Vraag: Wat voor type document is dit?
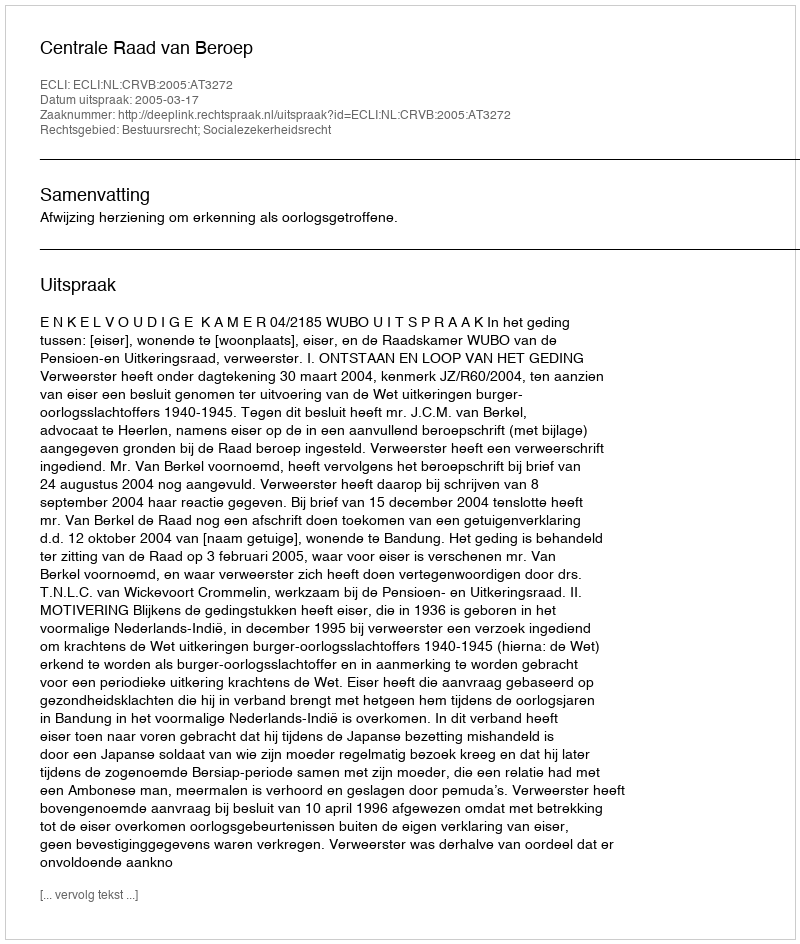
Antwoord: Uitspraak